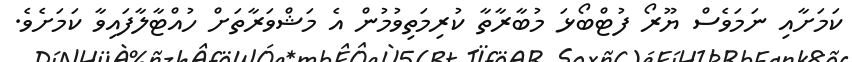
ކަމަށާއި ނަމަވެސް ޔޫރޯ ފުޓްބޯޅަ މުބާރާތާ ކުރިމަތިވުމުން އެ މަޝްވަރާތަށް ހުއްޓާލާފައިވާ ކަމަށެވެ.